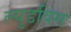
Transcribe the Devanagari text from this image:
ल्युडविग